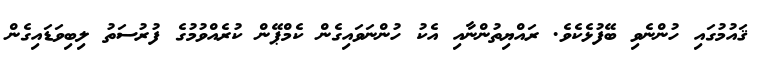
ޤައުމުގައި ހުންނެވި ބޭފުޅެކެވެ. ރައްޔިތުންނާއި އެކު ހުންނަވައިގެން ކެމްޕޭޭން ކުރެއްވުމުގެ ފުރުސަތު ލިބިވަޑައިގެން